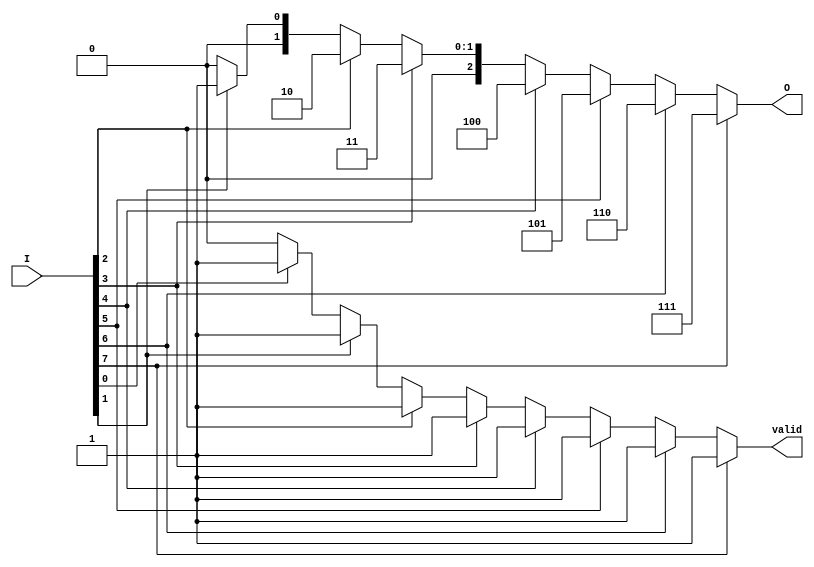
module binary_encoder (
    input wire [7:0] I,  // 8 input lines
    output reg [2:0] O,  // 3-bit binary output
    output reg valid      // Indicates if the output is valid (1 active input)
);

    always @(*) begin
        // Default output
        O = 3'b000; // Default output when no inputs are active
        valid = 1'b0; // Default valid signal

        // Priority encoding logic
        if (I[7]) begin
            O = 3'b111; // I7 is active
            valid = 1'b1;
        end else if (I[6]) begin
            O = 3'b110; // I6 is active
            valid = 1'b1;
        end else if (I[5]) begin
            O = 3'b101; // I5 is active
            valid = 1'b1;
        end else if (I[4]) begin
            O = 3'b100; // I4 is active
            valid = 1'b1;
        end else if (I[3]) begin
            O = 3'b011; // I3 is active
            valid = 1'b1;
        end else if (I[2]) begin
            O = 3'b010; // I2 is active
            valid = 1'b1;
        end else if (I[1]) begin
            O = 3'b001; // I1 is active
            valid = 1'b1;
        end else if (I[0]) begin
            O = 3'b000; // I0 is active (no valid output)
            valid = 1'b1;
        end
    end

endmodule